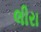
લીરા